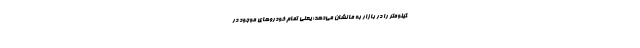
کیلومتر را در بازار به ما نشان می‌دهد؛ یعنی تمام خودروهای موجود در